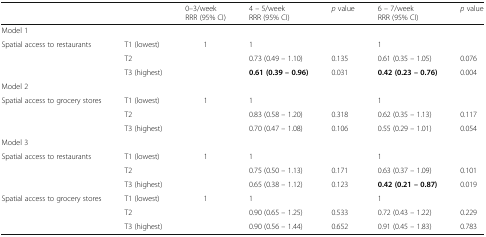
<table><thead><tr><td></td><td></td><td><b>0–3/weekRRR (95% CI)</b></td><td><b>4 – 5/weekRRR (95% CI)</b></td><td><b><i>p</i> value</b></td><td><b>6 – 7/weekRRR (95% CI)</b></td><td><b><i>p</i> value</b></td></tr></thead><tbody><tr><td colspan="7">Model 1</td></tr><tr><td rowspan="3">Spatial access to restaurants</td><td>T1 (lowest)</td><td rowspan="3">1</td><td>1</td><td></td><td>1</td><td></td></tr><tr><td>T2</td><td>0.73 (0.49 – 1.10)</td><td>0.135</td><td>0.61 (0.35 – 1.05)</td><td>0.076</td></tr><tr><td>T3 (highest)</td><td><b>0.61 (0.39 – 0.96)</b></td><td>0.031</td><td><b>0.42 (0.23 – 0.76)</b></td><td>0.004</td></tr><tr><td colspan="7">Model 2</td></tr><tr><td rowspan="3">Spatial access to grocery stores</td><td>T1 (lowest)</td><td rowspan="3">1</td><td>1</td><td></td><td>1</td><td></td></tr><tr><td>T2</td><td>0.83 (0.58 – 1.20)</td><td>0.318</td><td>0.62 (0.35 – 1.13)</td><td>0.117</td></tr><tr><td>T3 (highest)</td><td>0.70 (0.47 – 1.08)</td><td>0.106</td><td>0.55 (0.29 – 1.01)</td><td>0.054</td></tr><tr><td colspan="7">Model 3</td></tr><tr><td rowspan="3">Spatial access to restaurants</td><td>T1 (lowest)</td><td rowspan="3">1</td><td>1</td><td></td><td>1</td><td></td></tr><tr><td>T2</td><td>0.75 (0.50 – 1.13)</td><td>0.171</td><td>0.63 (0.37 – 1.09)</td><td>0.101</td></tr><tr><td>T3 (highest)</td><td>0.65 (0.38 – 1.12)</td><td>0.123</td><td><b>0.42 (0.21 – 0.87)</b></td><td>0.019</td></tr><tr><td rowspan="3">Spatial access to grocery stores</td><td>T1 (lowest)</td><td rowspan="3">1</td><td>1</td><td></td><td>1</td><td></td></tr><tr><td>T2</td><td>0.90 (0.65 – 1.25)</td><td>0.533</td><td>0.72 (0.43 – 1.22)</td><td>0.229</td></tr><tr><td>T3 (highest)</td><td>0.90 (0.56 – 1.44)</td><td>0.652</td><td>0.91 (0.45 – 1.83)</td><td>0.783</td></tr></tbody></table>